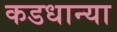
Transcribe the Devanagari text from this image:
कडधान्या